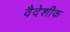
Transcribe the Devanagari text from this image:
वैदेशीक